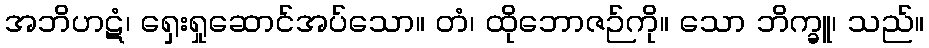
အဘိဟဋံ၊ ရှေးရှုဆောင်အပ်သော။ တံ၊ ထိုဘောဇဉ်ကို။ သော ဘိက္ခူ၊ သည်။